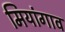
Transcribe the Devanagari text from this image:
मियांगाव